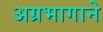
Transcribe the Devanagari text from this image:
अग्रभागाने